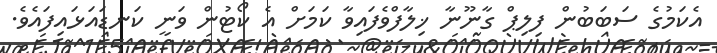
އެކަމުގެ ސަބަބުން ފިލިޕް ގާނޫނާ ޚިލާފްވެފައިވާ ކަމަށް އެ ކޯޓުން ވަނީ ކަނޑައަޅައިފައެވެ.